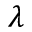
\lambda